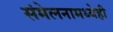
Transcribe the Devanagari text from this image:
संमेलनामध्येही